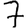
Digit: 7